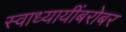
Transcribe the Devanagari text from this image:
स्वाध्यायींबरोबर